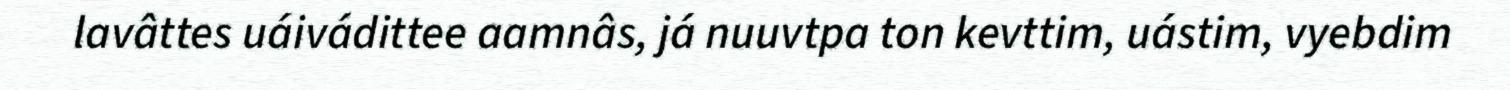
lavâttes uáivádittee aamnâs, já nuuvtpa ton kevttim, uástim, vyebdim